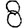
Digit: 8